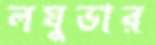
লঘুভার